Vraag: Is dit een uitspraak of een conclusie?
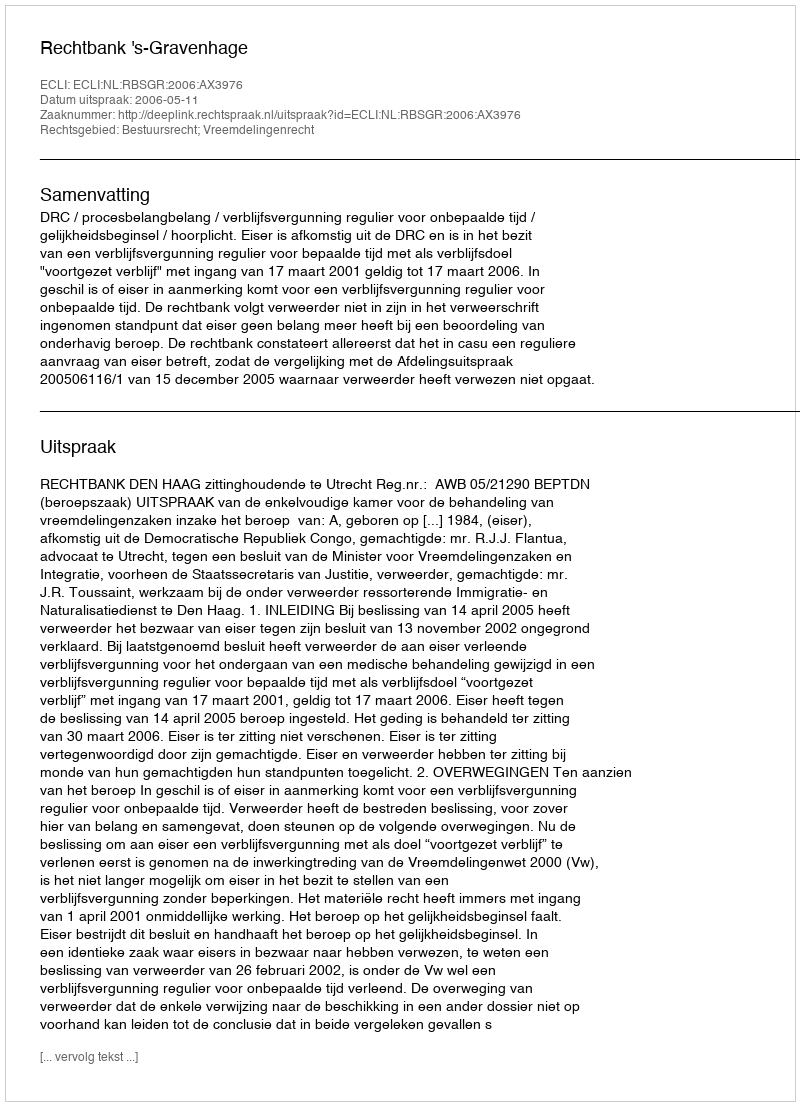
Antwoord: Uitspraak